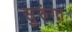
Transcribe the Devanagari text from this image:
सुरुंगा